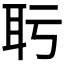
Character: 𬚒